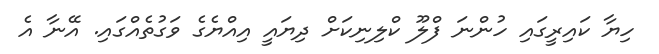
ހިޔާ ކައިރީގައި ހުންނަ ފްލޫ ކްލިނިކަށް ދިޔައީ އިއްޔެގެ ވަގުތެއްގައި. އޭނާ އެ